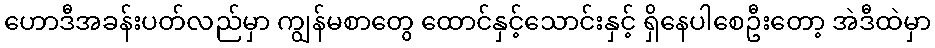
ဟောဒီအခန်းပတ်လည်မှာ ကျွန်မစာတွေ ထောင်နှင့်သောင်းနှင့် ရှိနေပါစေဦးတော့ အဲဒီထဲမှာ